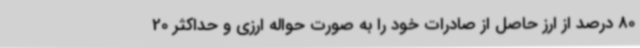
80 درصد از ارز حاصل از صادرات خود را به صورت حواله ارزی و حداکثر 20